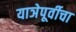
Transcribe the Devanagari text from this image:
याञेपूर्वीचा